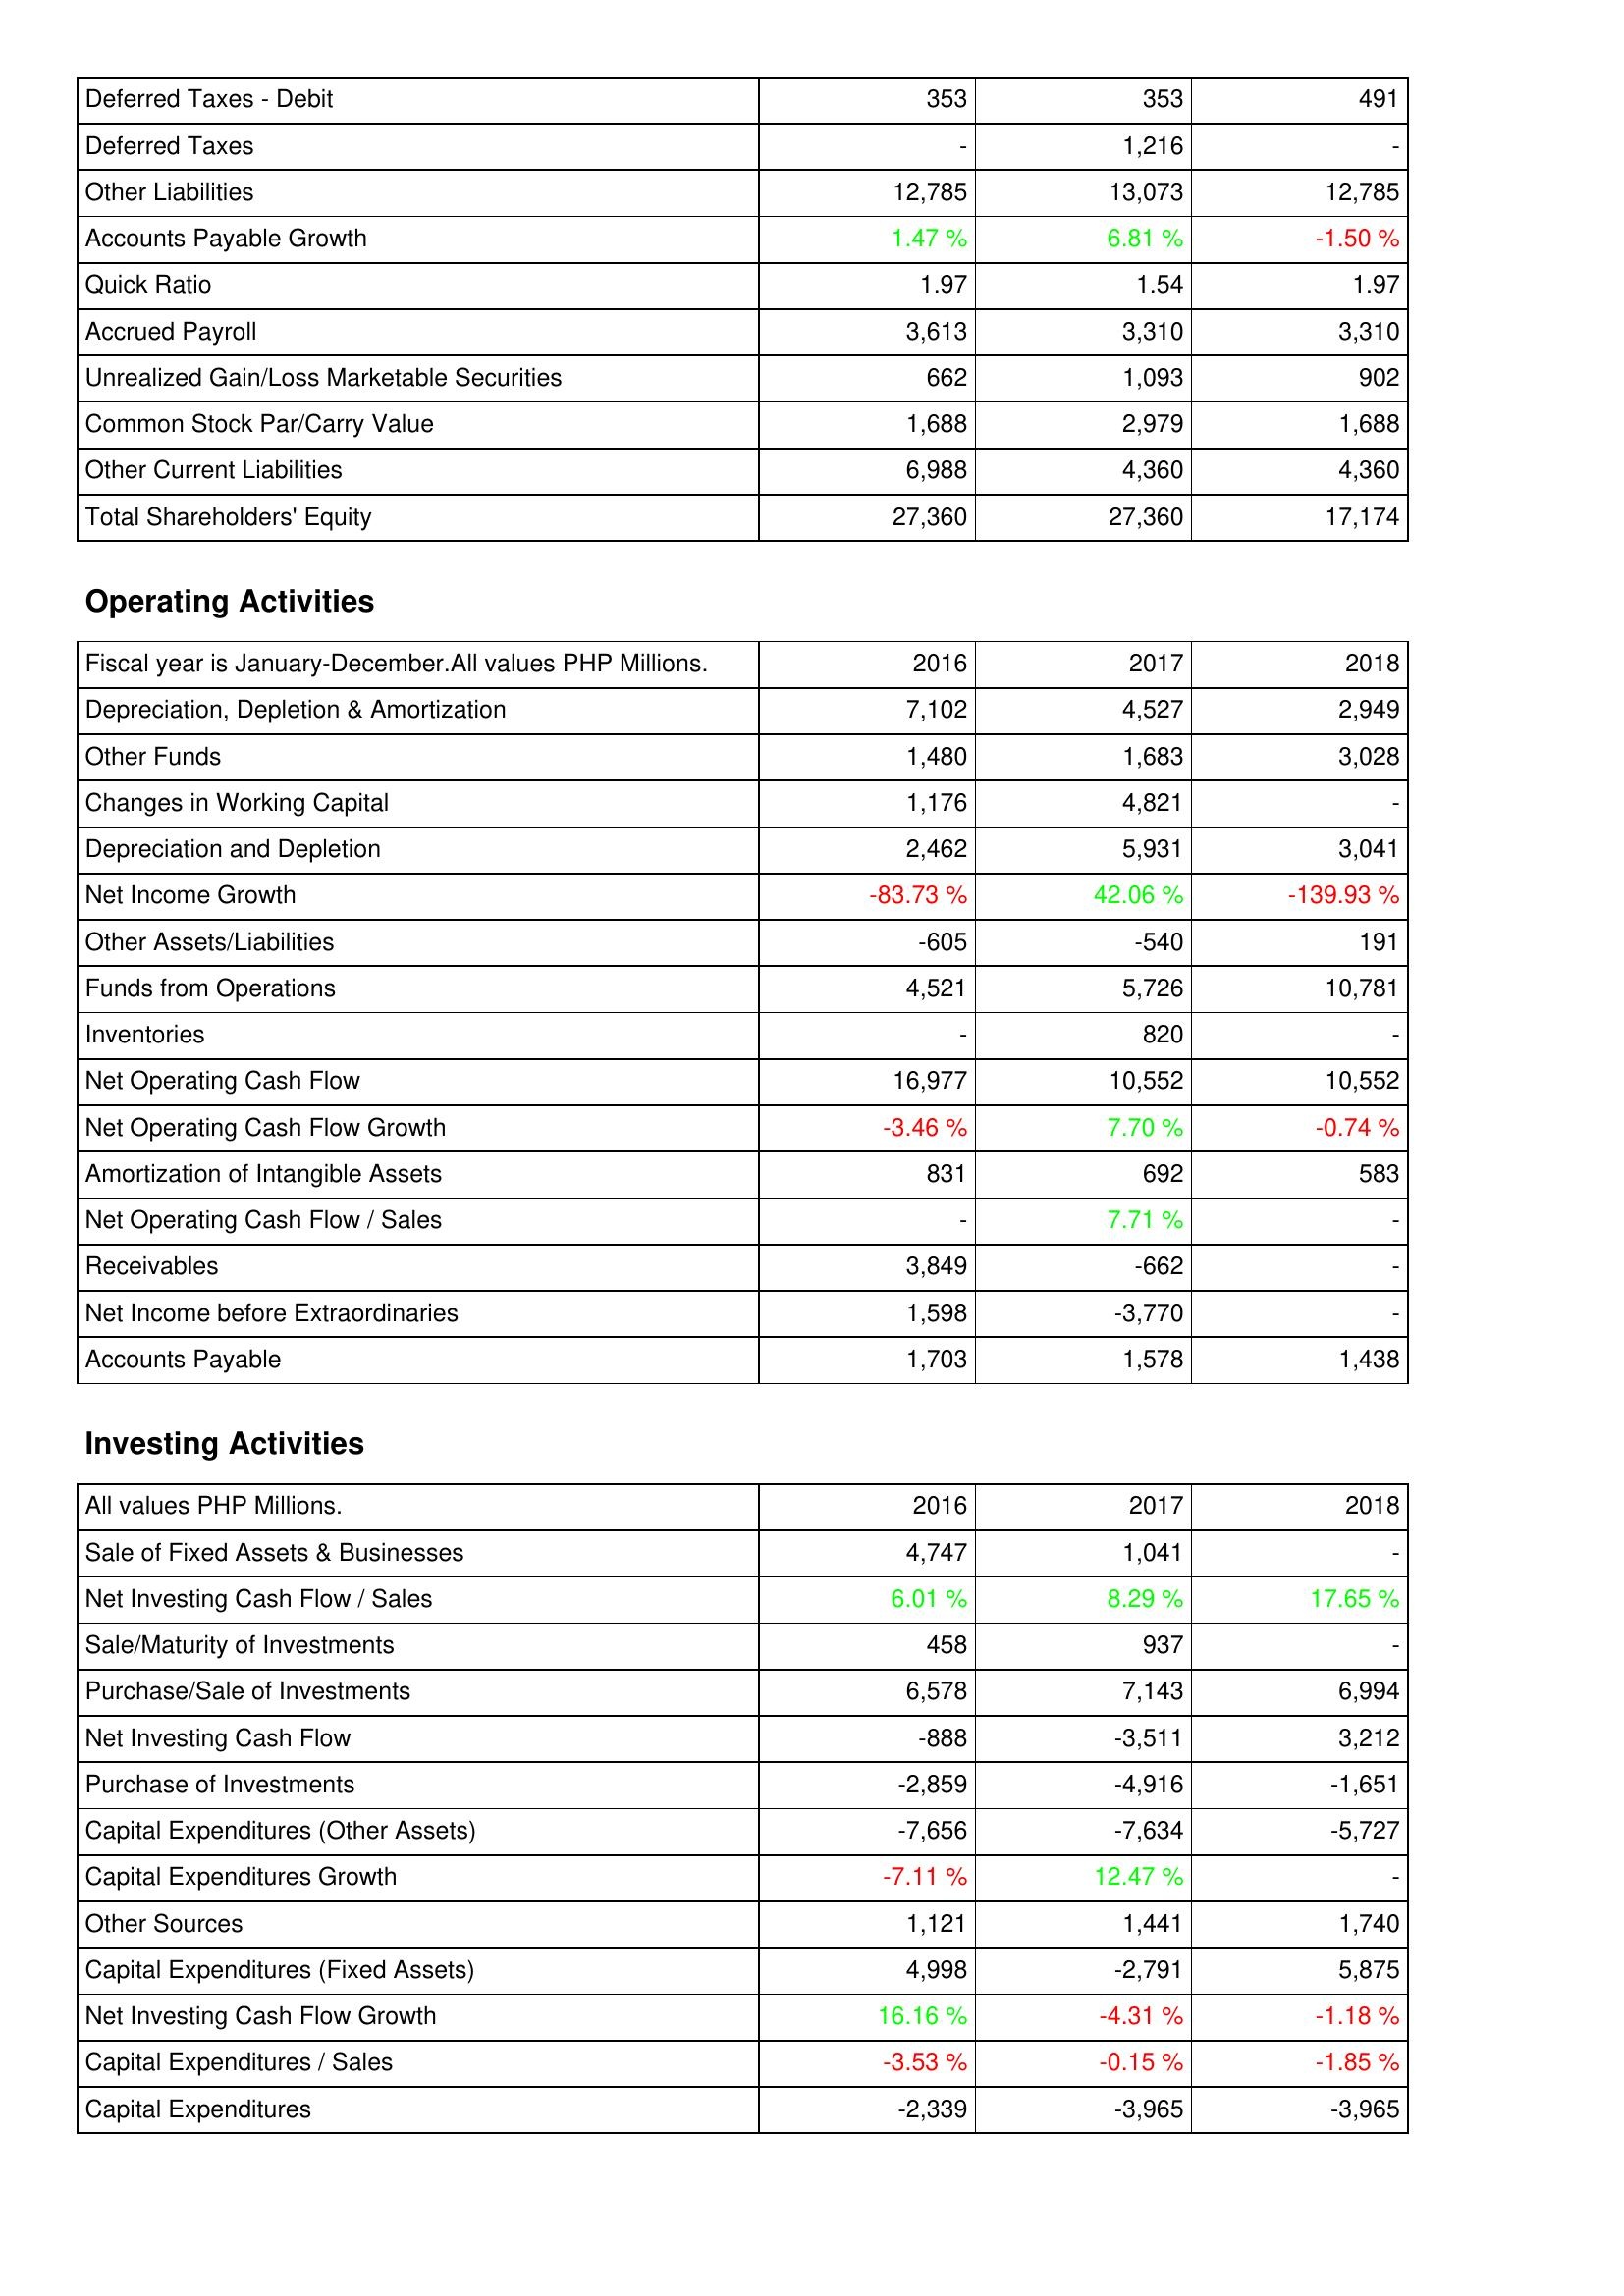
2016: Liabilities & Shareholders' Equity: Deferred Taxes - Debit: 353
Deferred Taxes: -
Other Liabilities: 12,785
Accounts Payable Growth: 1.47 %
Quick Ratio: 1.97
Accrued Payroll: 3,613
Unrealized Gain/Loss Marketable Securities: 662
Common Stock Par/Carry Value: 1,688
Other Current Liabilities: 6,988
Total Shareholders' Equity: 27,360
Operating Activities: Depreciation, Depletion & Amortization: 7,102
Other Funds: 1,480
Changes in Working Capital: 1,176
Depreciation and Depletion: 2,462
Net Income Growth: -83.73 %
Other Assets/Liabilities: -605
Funds from Operations: 4,521
Inventories: -
Net Operating Cash Flow: 16,977
Net Operating Cash Flow Growth: -3.46 %
Amortization of Intangible Assets: 831
Net Operating Cash Flow / Sales: -
Receivables: 3,849
Net Income before Extraordinaries: 1,598
Accounts Payable: 1,703
Investing Activities: Sale of Fixed Assets & Businesses: 4,747
Net Investing Cash Flow / Sales: 6.01 %
Sale/Maturity of Investments: 458
Purchase/Sale of Investments: 6,578
Net Investing Cash Flow: -888
Purchase of Investments: -2,859
Capital Expenditures (Other Assets): -7,656
Capital Expenditures Growth: -7.11 %
Other Sources: 1,121
Capital Expenditures (Fixed Assets): 4,998
Net Investing Cash Flow Growth: 16.16 %
Capital Expenditures / Sales: -3.53 %
Capital Expenditures: -2,339
2017: Liabilities & Shareholders' Equity: Deferred Taxes - Debit: 353
Deferred Taxes: 1,216
Other Liabilities: 13,073
Accounts Payable Growth: 6.81 %
Quick Ratio: 1.54
Accrued Payroll: 3,310
Unrealized Gain/Loss Marketable Securities: 1,093
Common Stock Par/Carry Value: 2,979
Other Current Liabilities: 4,360
Total Shareholders' Equity: 27,360
Operating Activities: Depreciation, Depletion & Amortization: 4,527
Other Funds: 1,683
Changes in Working Capital: 4,821
Depreciation and Depletion: 5,931
Net Income Growth: 42.06 %
Other Assets/Liabilities: -540
Funds from Operations: 5,726
Inventories: 820
Net Operating Cash Flow: 10,552
Net Operating Cash Flow Growth: 7.70 %
Amortization of Intangible Assets: 692
Net Operating Cash Flow / Sales: 7.71 %
Receivables: -662
Net Income before Extraordinaries: -3,770
Accounts Payable: 1,578
Investing Activities: Sale of Fixed Assets & Businesses: 1,041
Net Investing Cash Flow / Sales: 8.29 %
Sale/Maturity of Investments: 937
Purchase/Sale of Investments: 7,143
Net Investing Cash Flow: -3,511
Purchase of Investments: -4,916
Capital Expenditures (Other Assets): -7,634
Capital Expenditures Growth: 12.47 %
Other Sources: 1,441
Capital Expenditures (Fixed Assets): -2,791
Net Investing Cash Flow Growth: -4.31 %
Capital Expenditures / Sales: -0.15 %
Capital Expenditures: -3,965
2018: Liabilities & Shareholders' Equity: Deferred Taxes - Debit: 491
Deferred Taxes: -
Other Liabilities: 12,785
Accounts Payable Growth: -1.50 %
Quick Ratio: 1.97
Accrued Payroll: 3,310
Unrealized Gain/Loss Marketable Securities: 902
Common Stock Par/Carry Value: 1,688
Other Current Liabilities: 4,360
Total Shareholders' Equity: 17,174
Operating Activities: Depreciation, Depletion & Amortization: 2,949
Other Funds: 3,028
Changes in Working Capital: -
Depreciation and Depletion: 3,041
Net Income Growth: -139.93 %
Other Assets/Liabilities: 191
Funds from Operations: 10,781
Inventories: -
Net Operating Cash Flow: 10,552
Net Operating Cash Flow Growth: -0.74 %
Amortization of Intangible Assets: 583
Net Operating Cash Flow / Sales: -
Receivables: -
Net Income before Extraordinaries: -
Accounts Payable: 1,438
Investing Activities: Sale of Fixed Assets & Businesses: -
Net Investing Cash Flow / Sales: 17.65 %
Sale/Maturity of Investments: -
Purchase/Sale of Investments: 6,994
Net Investing Cash Flow: 3,212
Purchase of Investments: -1,651
Capital Expenditures (Other Assets): -5,727
Capital Expenditures Growth: -
Other Sources: 1,740
Capital Expenditures (Fixed Assets): 5,875
Net Investing Cash Flow Growth: -1.18 %
Capital Expenditures / Sales: -1.85 %
Capital Expenditures: -3,965